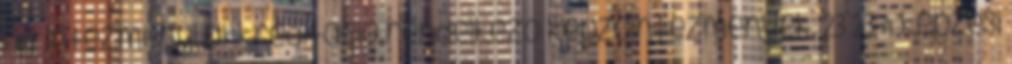
FAT intézményi akkreditáció rendelkező képzőintézmények. 23 23 A képzési